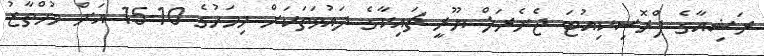
ރަޝިއާގެ ޕްރޮސިކިއުޓަ ޖެނެރަލް ޔޫރީ ޗައިކާގެ ދައުވަތަކަށް މިމަހުގެ 10-15 އަށް މުހްތާޒު